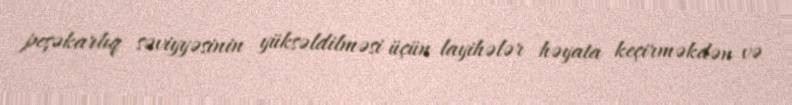
peşəkarlıq səviyyəsinin yüksəldilməsi üçün layihələr həyata keçirməkdən və